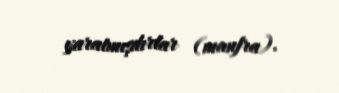
yaratmışdırlar (manfra).